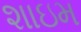
શાઇમ